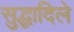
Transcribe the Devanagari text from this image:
सुद्धादिले